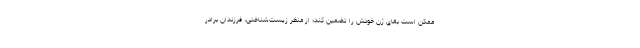
ممکن است بقای ژن خودش را تضمین کند؛ از منظر زیست‌شناختی، فرزندان برادر